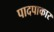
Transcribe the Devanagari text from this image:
पादपाकार